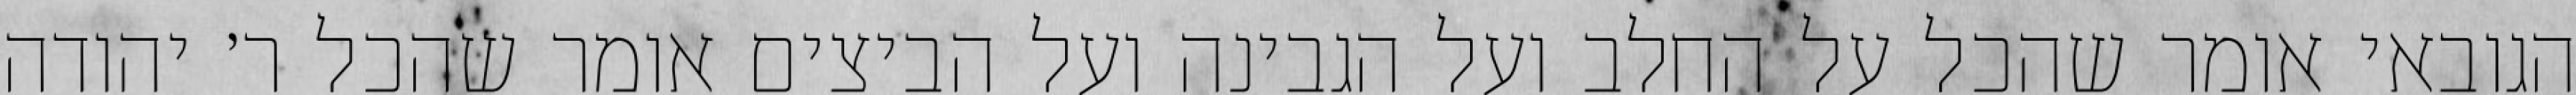
הגובאי אומר שהכל על החלב ועל הגבינה ועל הביצים אומר שהכל ר׳ יהודה